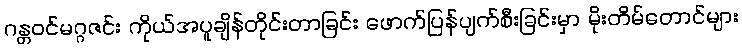
ဂန္တဝင်မဂ္ဂဇင်း ကိုယ်အပူချိန်တိုင်းတာခြင်း ဖောက်ပြန်ပျက်စီးခြင်းမှာ မိုးတိမ်တောင်များ